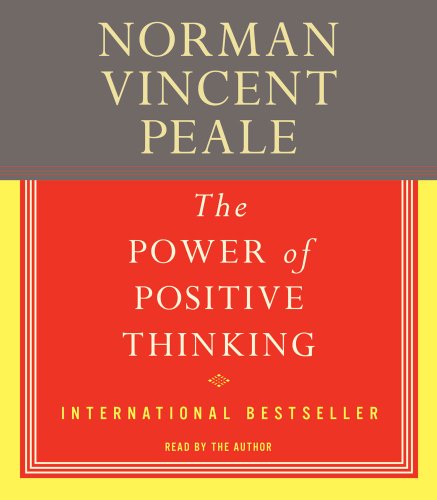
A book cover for The Power of Positive Thinking; Dr. Norman Vincent Peale; Self-Help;